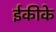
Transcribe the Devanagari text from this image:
ईकीके